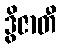
ဒွိဇာတီ